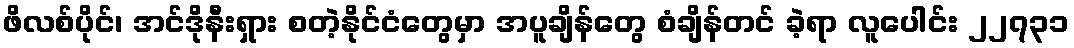
ဖိလစ်ပိုင်၊ အင်ဒိုနီးရှား စတဲ့နိုင်ငံတွေမှာ အပူချိန်တွေ စံချိန်တင် ခဲ့ရာ လူပေါင်း ၂၂၇၃၁